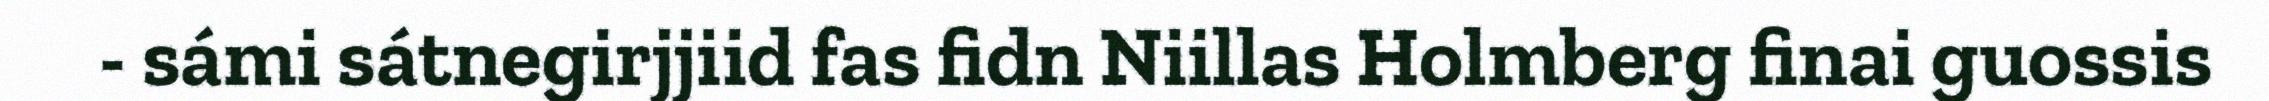
- sámi sátnegirjjiid fas fidn Niillas Holmberg finai guossis